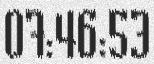
07:46:53